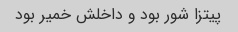
پیتزا شور بود و داخلش خمیر بود